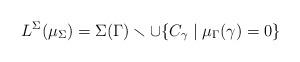
LaTeX: \begin{align*}L^\Sigma(\mu_\Sigma) = \Sigma(\Gamma) \smallsetminus \cup \{C_\gamma \mid \mu_\Gamma(\gamma) = 0\}\end{align*}